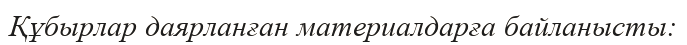
Құбырлар даярланған материалдарға байланысты: